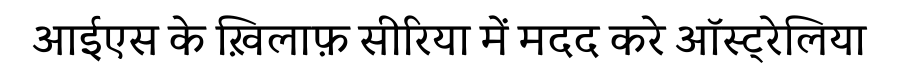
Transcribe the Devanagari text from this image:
आईएस के ख़िलाफ़ सीरिया में मदद करे ऑस्ट्रेलिया